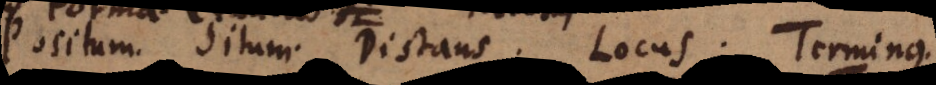
Positum. Situm. Distans. Locus. Terminus